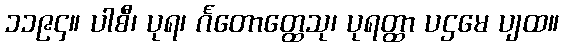
၁၁၉၄။ ပါစီ၊ ပုရ၊ င်္ဂတောတ္ထေသု၊ ပုရတ္ထာ ပဌမေ ပျထ။